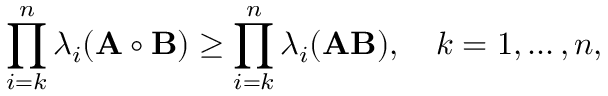
\prod _ { i = k } ^ { n } \lambda _ { i } ( \mathbf { A } \circ \mathbf { B } ) \geq \prod _ { i = k } ^ { n } \lambda _ { i } ( \mathbf { A } \mathbf { B } ) , \quad k = 1 , \ldots , n ,